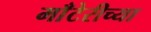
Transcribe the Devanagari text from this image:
माँटेरीच्या